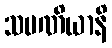
သမဏိယာနိ